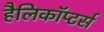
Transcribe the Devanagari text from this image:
हैलिकॉप्टर्स